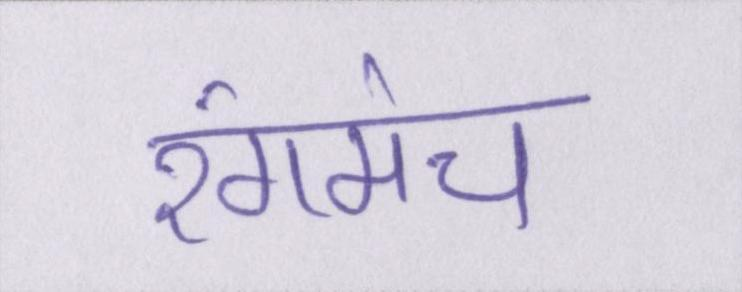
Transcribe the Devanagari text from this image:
रंगमंच